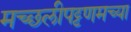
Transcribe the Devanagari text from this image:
मच्छलीपट्टणमच्या